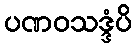
ပဏဝသဒ္ဒံပိ